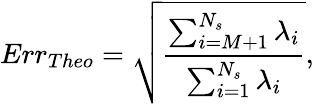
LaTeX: Err_{Theo}=\sqrt{\frac{\sum_{i=M+1}^{N_{s}}\lambda_{i}}{\sum_{i=1}^{N_{s}}\lambda_{i}}},